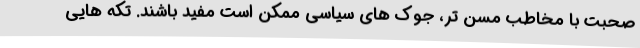
صحبت با مخاطب مسن تر، جوک های سیاسی ممکن است مفید باشند. تکه هایی